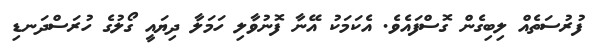
ފުރުސަތެއް ލިބިގެން ގޮސްފައެވެ. އެކަމަކު އޭނާ ފޮނުވާލި ހަމަލާ ދިޔައީ ގޯލުގެ ހުރަސްދަނޑި